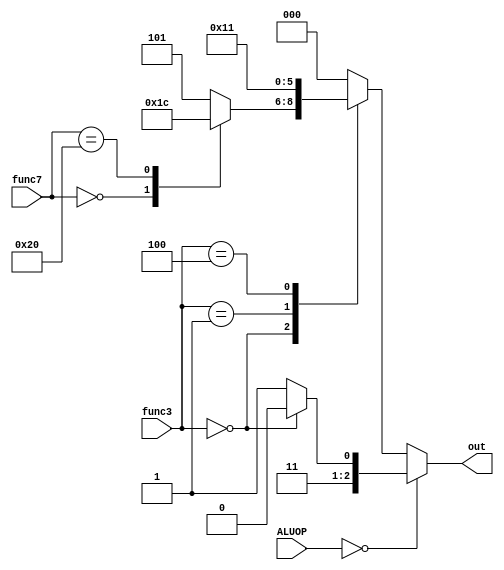
module ALU_Control(ALUOP, func3, func7, out);

input [1:0] ALUOP;
input [2:0]func3;
input [6:0]func7;
output [2:0]out;

reg [2:0]out;

always @(*) begin
    case (ALUOP)
        2'b00: 
            case (func3)
                3'b000: 
                    out = 3'b110;
                default: 
                    out = 3'b111;
            endcase
        default: 
            case (func3)
                3'b000: 
                    case (func7)
                        7'b0000000:
                            out = 3'b011;
                        7'b0100000:
                            out = 3'b100; 
                        default: 
                            out = 3'b101;
                    endcase
                3'b001:
                    out = 3'b010;
                3'b100:
                    out = 3'b001;
                default: 
                    out = 3'b000;
            endcase
    endcase
end


endmodule